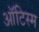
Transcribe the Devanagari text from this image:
ऑटिस्म